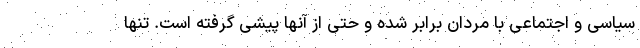
سیاسی و اجتماعی با مردان برابر شده و حتی از آنها پیشی گرفته است. تنها